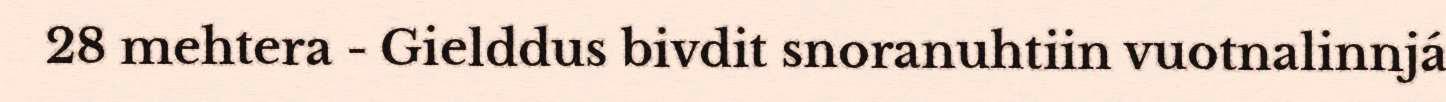
28 mehtera - Gielddus bivdit snoranuhtiin vuotnalinnjá